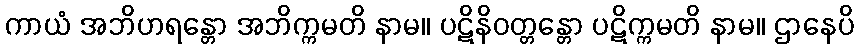
ကာယံ အဘိဟရန္တော အဘိက္ကမတိ နာမ။ ပဋိနိဝတ္တန္တော ပဋိက္ကမတိ နာမ။ ဌာနေပိ